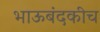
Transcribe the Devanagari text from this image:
भाऊबंदकीच